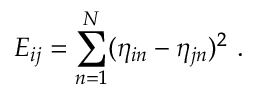
E _ { i j } = \sum _ { n = 1 } ^ { N } ( \eta _ { i n } - \eta _ { j n } ) ^ { 2 } \ .